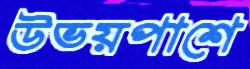
উভয়পাশে